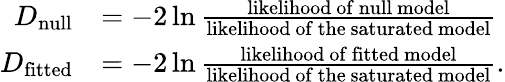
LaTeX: {\begin{array}{rl}{D_{\mathrm{null}}}&{=-2\ln{\frac{\mathrm{likelihood~of~null~model}}{\mathrm{likelihood~of~the~saturated~model}}}}\\ {D_{\mathrm{fitted}}}&{=-2\ln{\frac{\mathrm{likelihood~of~fitted~model}}{\mathrm{likelihood~of~the~saturated~model}}}.}\end{array}}